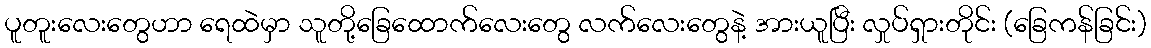
ပူတူးလေးတွေဟာ ရေထဲမှာ သူတို့ခြေထောက်လေးတွေ လက်လေးတွေနဲ့ အားယူပြီး လှုပ်ရှားတိုင်း (ခြေကန်ခြင်း)